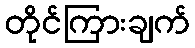
တိုင်ကြားချက်